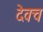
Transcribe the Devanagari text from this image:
देवच